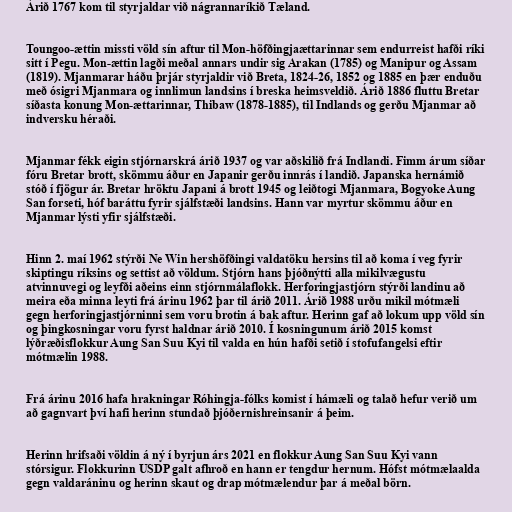
Árið 1767 kom til styrjaldar við nágrannaríkið Tæland.

Toungoo-ættin missti völd sín aftur til Mon-höfðingjaættarinnar sem endurreist hafði ríki
sitt í Pegu. Mon-ættin lagði meðal annars undir sig Arakan (1785) og Manipur og Assam
(1819). Mjanmarar háðu þrjár styrjaldir við Breta, 1824-26, 1852 og 1885 en þær enduðu
með ósigri Mjanmara og innlimun landsins í breska heimsveldið. Árið 1886 fluttu Bretar
síðasta konung Mon-ættarinnar, Thibaw (1878-1885), til Indlands og gerðu Mjanmar að
indversku héraði.

Mjanmar fékk eigin stjórnarskrá árið 1937 og var aðskilið frá Indlandi. Fimm árum síðar
fóru Bretar brott, skömmu áður en Japanir gerðu innrás í landið. Japanska hernámið
stóð í fjögur ár. Bretar hröktu Japani á brott 1945 og leiðtogi Mjanmara, Bogyoke Aung
San forseti, hóf baráttu fyrir sjálfstæði landsins. Hann var myrtur skömmu áður en
Mjanmar lýsti yfir sjálfstæði.

Hinn 2. maí 1962 stýrði Ne Win hershöfðingi valdatöku hersins til að koma í veg fyrir
skiptingu ríksins og settist að völdum. Stjórn hans þjóðnýtti alla mikilvægustu
atvinnuvegi og leyfði aðeins einn stjórnmálaflokk. Herforingjastjórn stýrði landinu að
meira eða minna leyti frá árinu 1962 þar til árið 2011. Árið 1988 urðu mikil mótmæli
gegn herforingjastjórninni sem voru brotin á bak aftur. Herinn gaf að lokum upp völd sín
og þingkosningar voru fyrst haldnar árið 2010. Í kosningunum árið 2015 komst
lýðræðisflokkur Aung San Suu Kyi til valda en hún hafði setið í stofufangelsi eftir
mótmælin 1988.

Frá árinu 2016 hafa hrakningar Róhingja-fólks komist í hámæli og talað hefur verið um
að gagnvart því hafi herinn stundað þjóðernishreinsanir á þeim.

Herinn hrifsaði völdin á ný í byrjun árs 2021 en flokkur Aung San Suu Kyi vann
stórsigur. Flokkurinn USDP galt afhroð en hann er tengdur hernum. Hófst mótmælaalda
gegn valdaráninu og herinn skaut og drap mótmælendur þar á meðal börn.